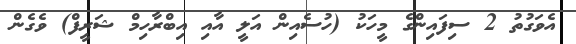
އެވަގުތު 2 ސިފައިންގެ މީހަކު (ހުސެއިން އަލީ އާއި އިބްރާހިމް ޝަރީފް) ވެގެން